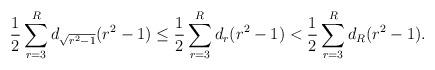
LaTeX: \begin{align*}\frac{1}{2} \sum_{r=3}^{R} d_{\sqrt{r^{2} -1}}(r^{2} -1) \leq \frac{1}{2} \sum_{r=3}^{R} d_{r}(r^{2} -1) <\frac{1}{2}\sum_{r=3}^{R} d_{R}(r^{2} -1).\end{align*}